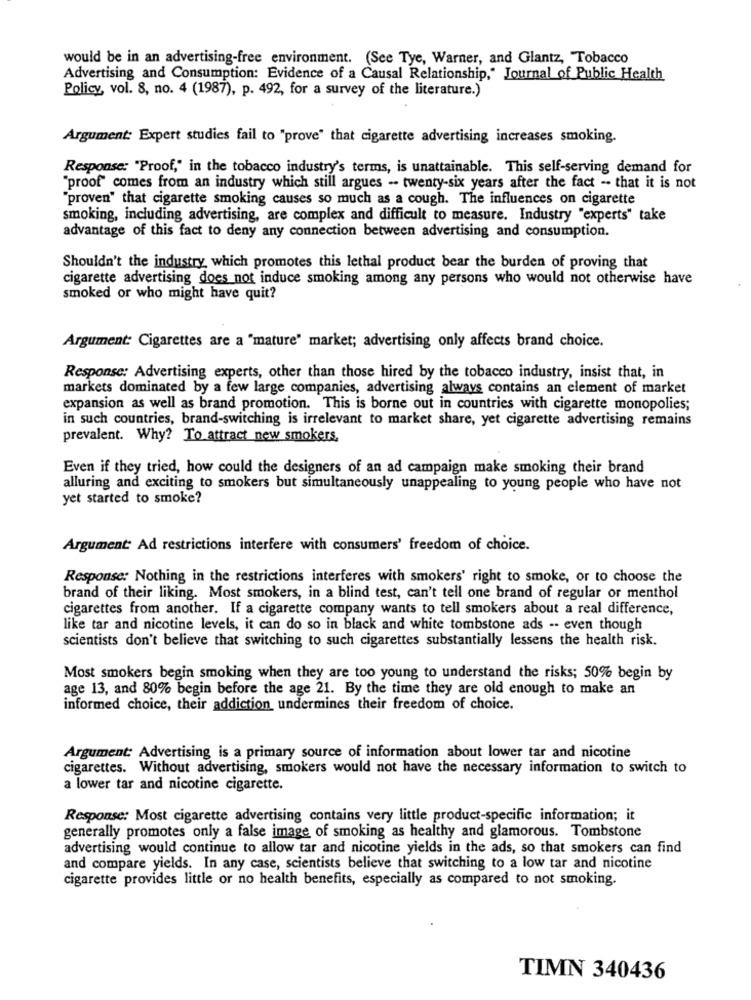
would be in an advertising-free environment. (See Tye, Warner, and Glantz, Tobacco
Advertising and Consumption: Evidence of a Causal Relationship," Journal of Public Health
Policy, vol. 8, no. 4 (1987), p. 492, for a survey of the literature.)
Argument: Expert studies fail to "prove" that cigarette advertising increases smoking.
Response: "Proof," in the tobacco industry's terms, is unattainable. This self-serving demand for
"proof" comes from an industry which still argues - twenty-six years after the fact - that it is not
"proven" that cigarette smoking causes so much as a cough. The influences on cigarette
smoking, including advertising, are complex and difficult to measure. Industry "experts" take
advantage of this fact to deny any connection between advertising and consumption.
Shouldn't the industry which promotes this lethal product bear the burden of proving that
cigarette advertising does not induce smoking among any persons who would not otherwise have
smoked or who might have quit?
Argument: Cigarettes are a "mature" market; advertising only affects brand choice.
Response: Advertising experts, other than those hired by the tobacco industry, insist that, in
markets dominated by a few large companies, advertising always contains an element of market
expansion as well as brand promotion. This is borne out in countries with cigarette monopolies;
in such countries, brand-switching is irrelevant to market share, yet cigarette advertising remains
prevalent. Why? To attract new smokers,
Even if they tried, how could the designers of an ad campaign make smoking their brand
alluring and exciting to smokers but simultaneously unappealing to young people who have not
yet started to smoke?
Argument Ad restrictions interfere with consumers' freedom of choice.
Response: Nothing in the restrictions interferes with smokers' right to smoke, or to choose the
brand of their liking. Most smokers, in a blind test, can't tell one brand of regular or menthol
cigarettes from another. If a cigarette company wants to tell smokers about a real difference,
like tar and nicotine levels, it can do so in black and white tombstone ads -- even though
scientists don't believe that switching to such cigarettes substantially lessens the health risk.
Most smokers begin smoking when they are too young to understand the risks; 50% begin by
age 13, and 80% begin before the age 21. By the time they are old enough to make an
informed choice, their addiction undermines their freedom of choice.
Argument: Advertising is a primary source of information about lower tar and nicotine
cigarettes. Without advertising, smokers would not have the necessary information to switch to
a lower tar and nicotine cigarette.
Response: Most cigarette advertising contains very little product-specific information; it
generally promotes only a false image of smoking as healthy and glamorous. Tombstone
advertising would continue to allow tar and nicotine yields in the ads, so that smokers can find
and compare yields. In any case, scientists believe that switching to a low tar and nicotine
cigarette provides little or no health benefits, especially as compared to not smoking.
TIMN 340436